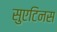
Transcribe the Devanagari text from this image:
सुएटिनस